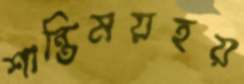
শান্তিময়হয়